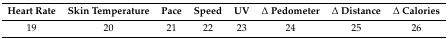
| Heart Rate | Skin Temperature | Pace | Speed | UV | Δ Pedometer | Δ Distance | Δ Calories |
 | --- | --- | --- | --- | --- | --- | --- | --- |
 | 19 | 20 | 21 | 22 | 23 | 24 | 25 | 26 |